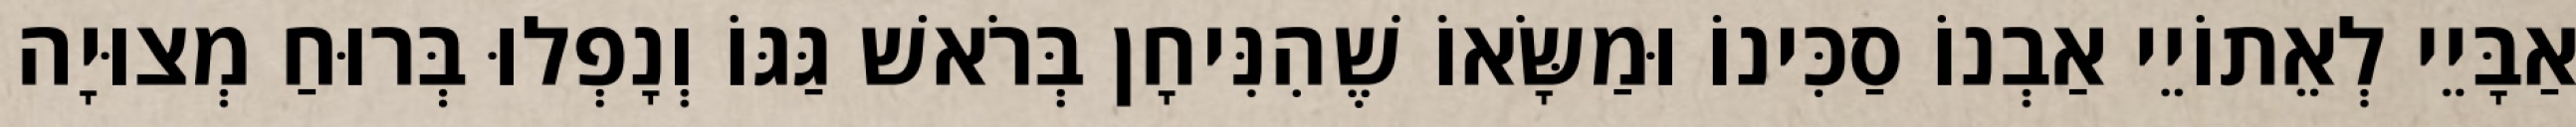
אַבָּיֵי לְאֵתוֹיֵי אַבְנוֹ סַכִּינוֹ וּמַשָּׂאוֹ שֶׁהִנִּיחָן בְּרֹאשׁ גַּגּוֹ וְנָפְלוּ בְּרוּחַ מְצוּיָה